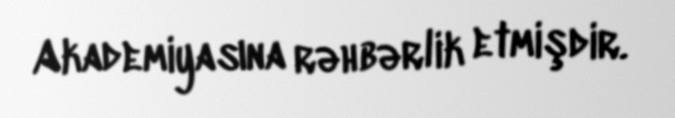
Akademiyasına rəhbərlik etmişdir.